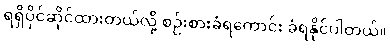
ရရှိပိုင်ဆိုင်ထားတယ်လို့ စဉ်းစားခံရကောင်း ခံရနိုင်ပါတယ်။